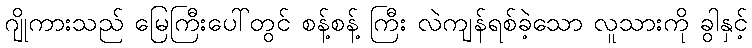
ဂျိုကားသည် မြေကြီးပေါ်တွင် စန့်စန့် ကြီး လဲကျန်ရစ်ခဲ့သော လူသားကို ခွါနှင့်